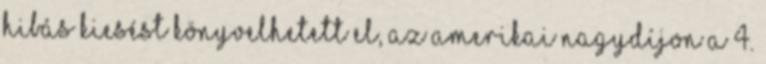
hibás kiesést könyvelhetett el, az Amerikai Nagydíjon a 4.